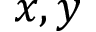
x , y